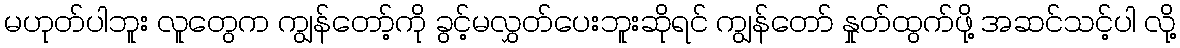
မဟုတ်ပါဘူး လူတွေက ကျွန်တော့်ကို ခွင့်မလွှတ်ပေးဘူးဆိုရင် ကျွန်တော် နှုတ်ထွက်ဖို့ အဆင်သင့်ပါ လို့